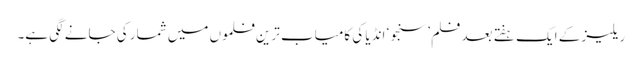
ریلیز کے ایک ہفتے بعد فلم ’سنجو‘ انڈیا کی کامیاب ترین فلموں میں شمار کی جانے لگی ہے۔